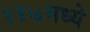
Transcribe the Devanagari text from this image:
११७मध्ये